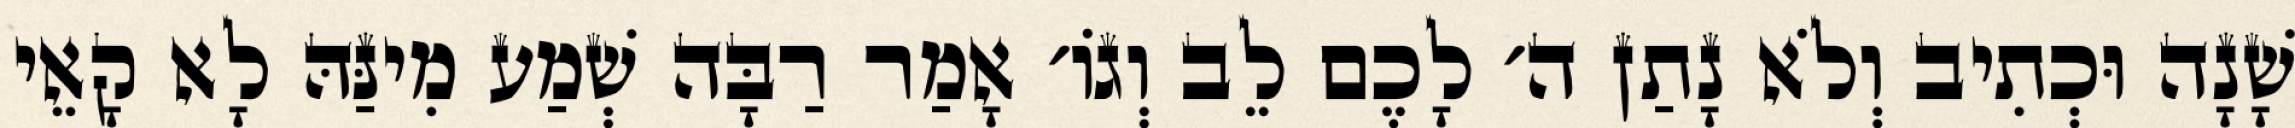
שָׁנָה וּכְתִיב וְלֹא נָתַן ה׳ לָכֶם לֵב וְגוֹ׳ אָמַר רַבָּה שְׁמַע מִינַּהּ לָא קָאֵי